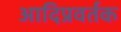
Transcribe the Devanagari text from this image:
आदिप्रवर्तक